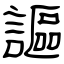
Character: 謳